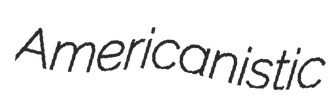
Americanistic